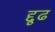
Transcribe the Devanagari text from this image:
द्दृढ